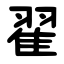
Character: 翟